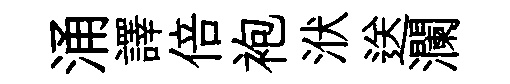
涌譯倍袍洑送瀾